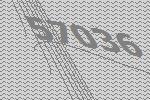
57036